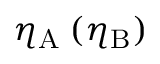
\eta _ { \mathrm { A } } \: ( \eta _ { \mathrm { B } } )